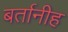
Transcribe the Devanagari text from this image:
बर्तानीह